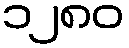
၁၂၈၀